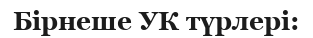
Бірнеше УК түрлері: